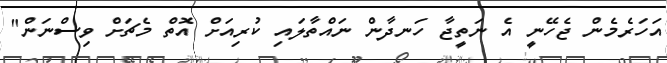
އަހަރެމެން ޖެހޭނީ އެ ނަތީޖާ ހަނދާން ނައްތާލައި ކުރިއަށް އޮތް މެޗަށް ވިސްނަން"